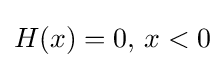
H(x)=0,\,x<0